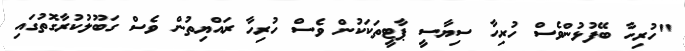
"ހުރިހާ ބޭފުޅުންވެސް ހުރިހާ ސިޔާސީ ޕާޓީތަކަކުން ވެސް ހުރިހާ ރައްޔިތުން ވެސް ގަބޫލުކުރާގޮތުގައި